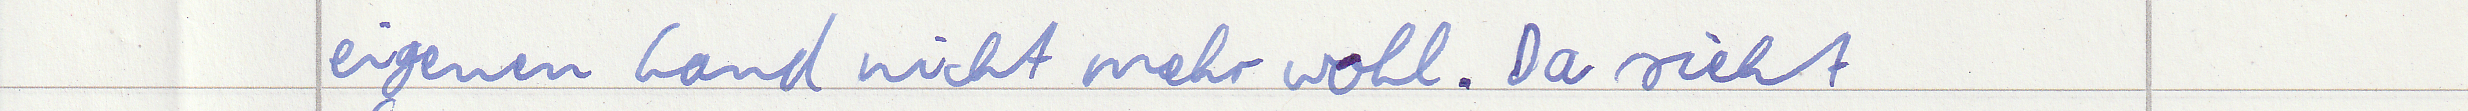
eigenen Land nicht mehr wohl. Da sieht